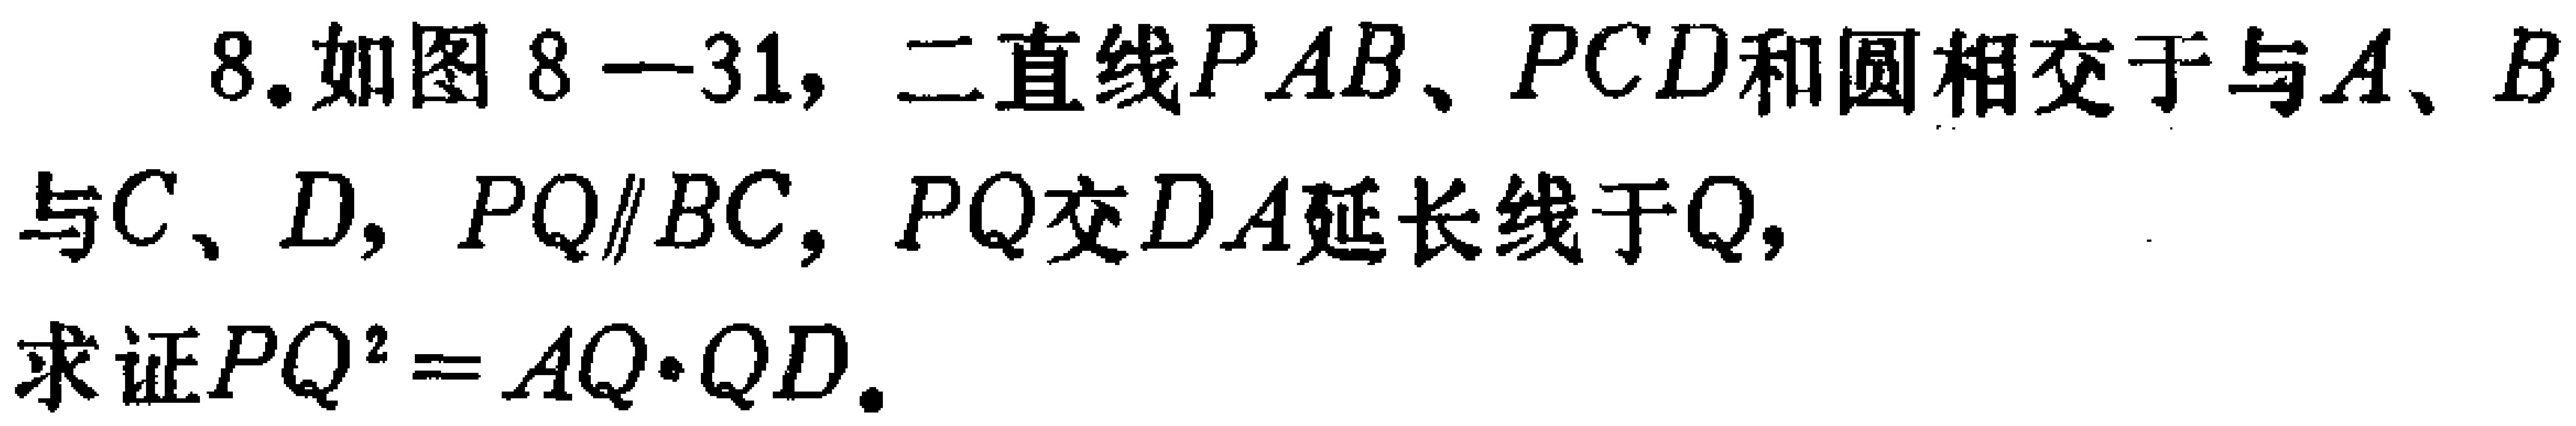
8. 如图8—31，二直线\(PAB\)、\(PCD\)和圆相交于与\(A\)、\(B\)与\(C\)、\(D\)，\(PQ\parallel BC\)，\(PQ\)交\(DA\)延长线于\(Q\)，

求证\(PQ^{2}=AQ\cdot QD\)。